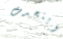
ويتحدث